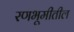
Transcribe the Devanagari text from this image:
रणभूमीतील